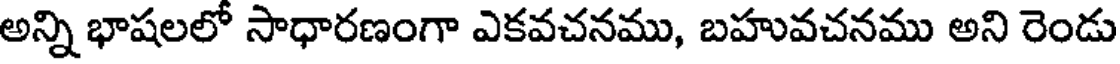
అన్ని భాషలలో సాధారణంగా ఎకవచనము, బహువచనము అని రెండు